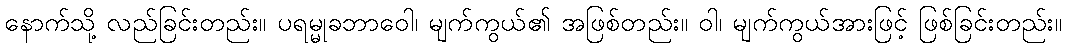
နောက်သို့ လည်ခြင်းတည်း။ ပရမ္မုခဘာဝေါ၊ မျက်ကွယ်၏ အဖြစ်တည်း။ ဝါ၊ မျက်ကွယ်အားဖြင့် ဖြစ်ခြင်းတည်း။